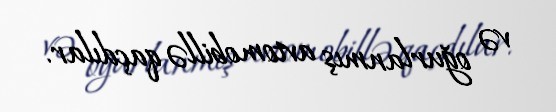
və oğurlanmış avtomobillə qaçdılar.